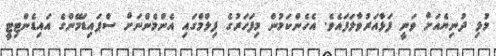
މުޅި ދުނިޔެއަށް ވަނީ ފަޅާއަރުވާލަފައެވެ. އެހެންކަމުން މިފަހަރުގެ ފިލްމްގައި އެންމެންނަށް ސްޕައިޑަމޭންގެ އައިޑެންޓިޓީ